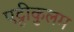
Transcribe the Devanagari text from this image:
एट्टीकुलम